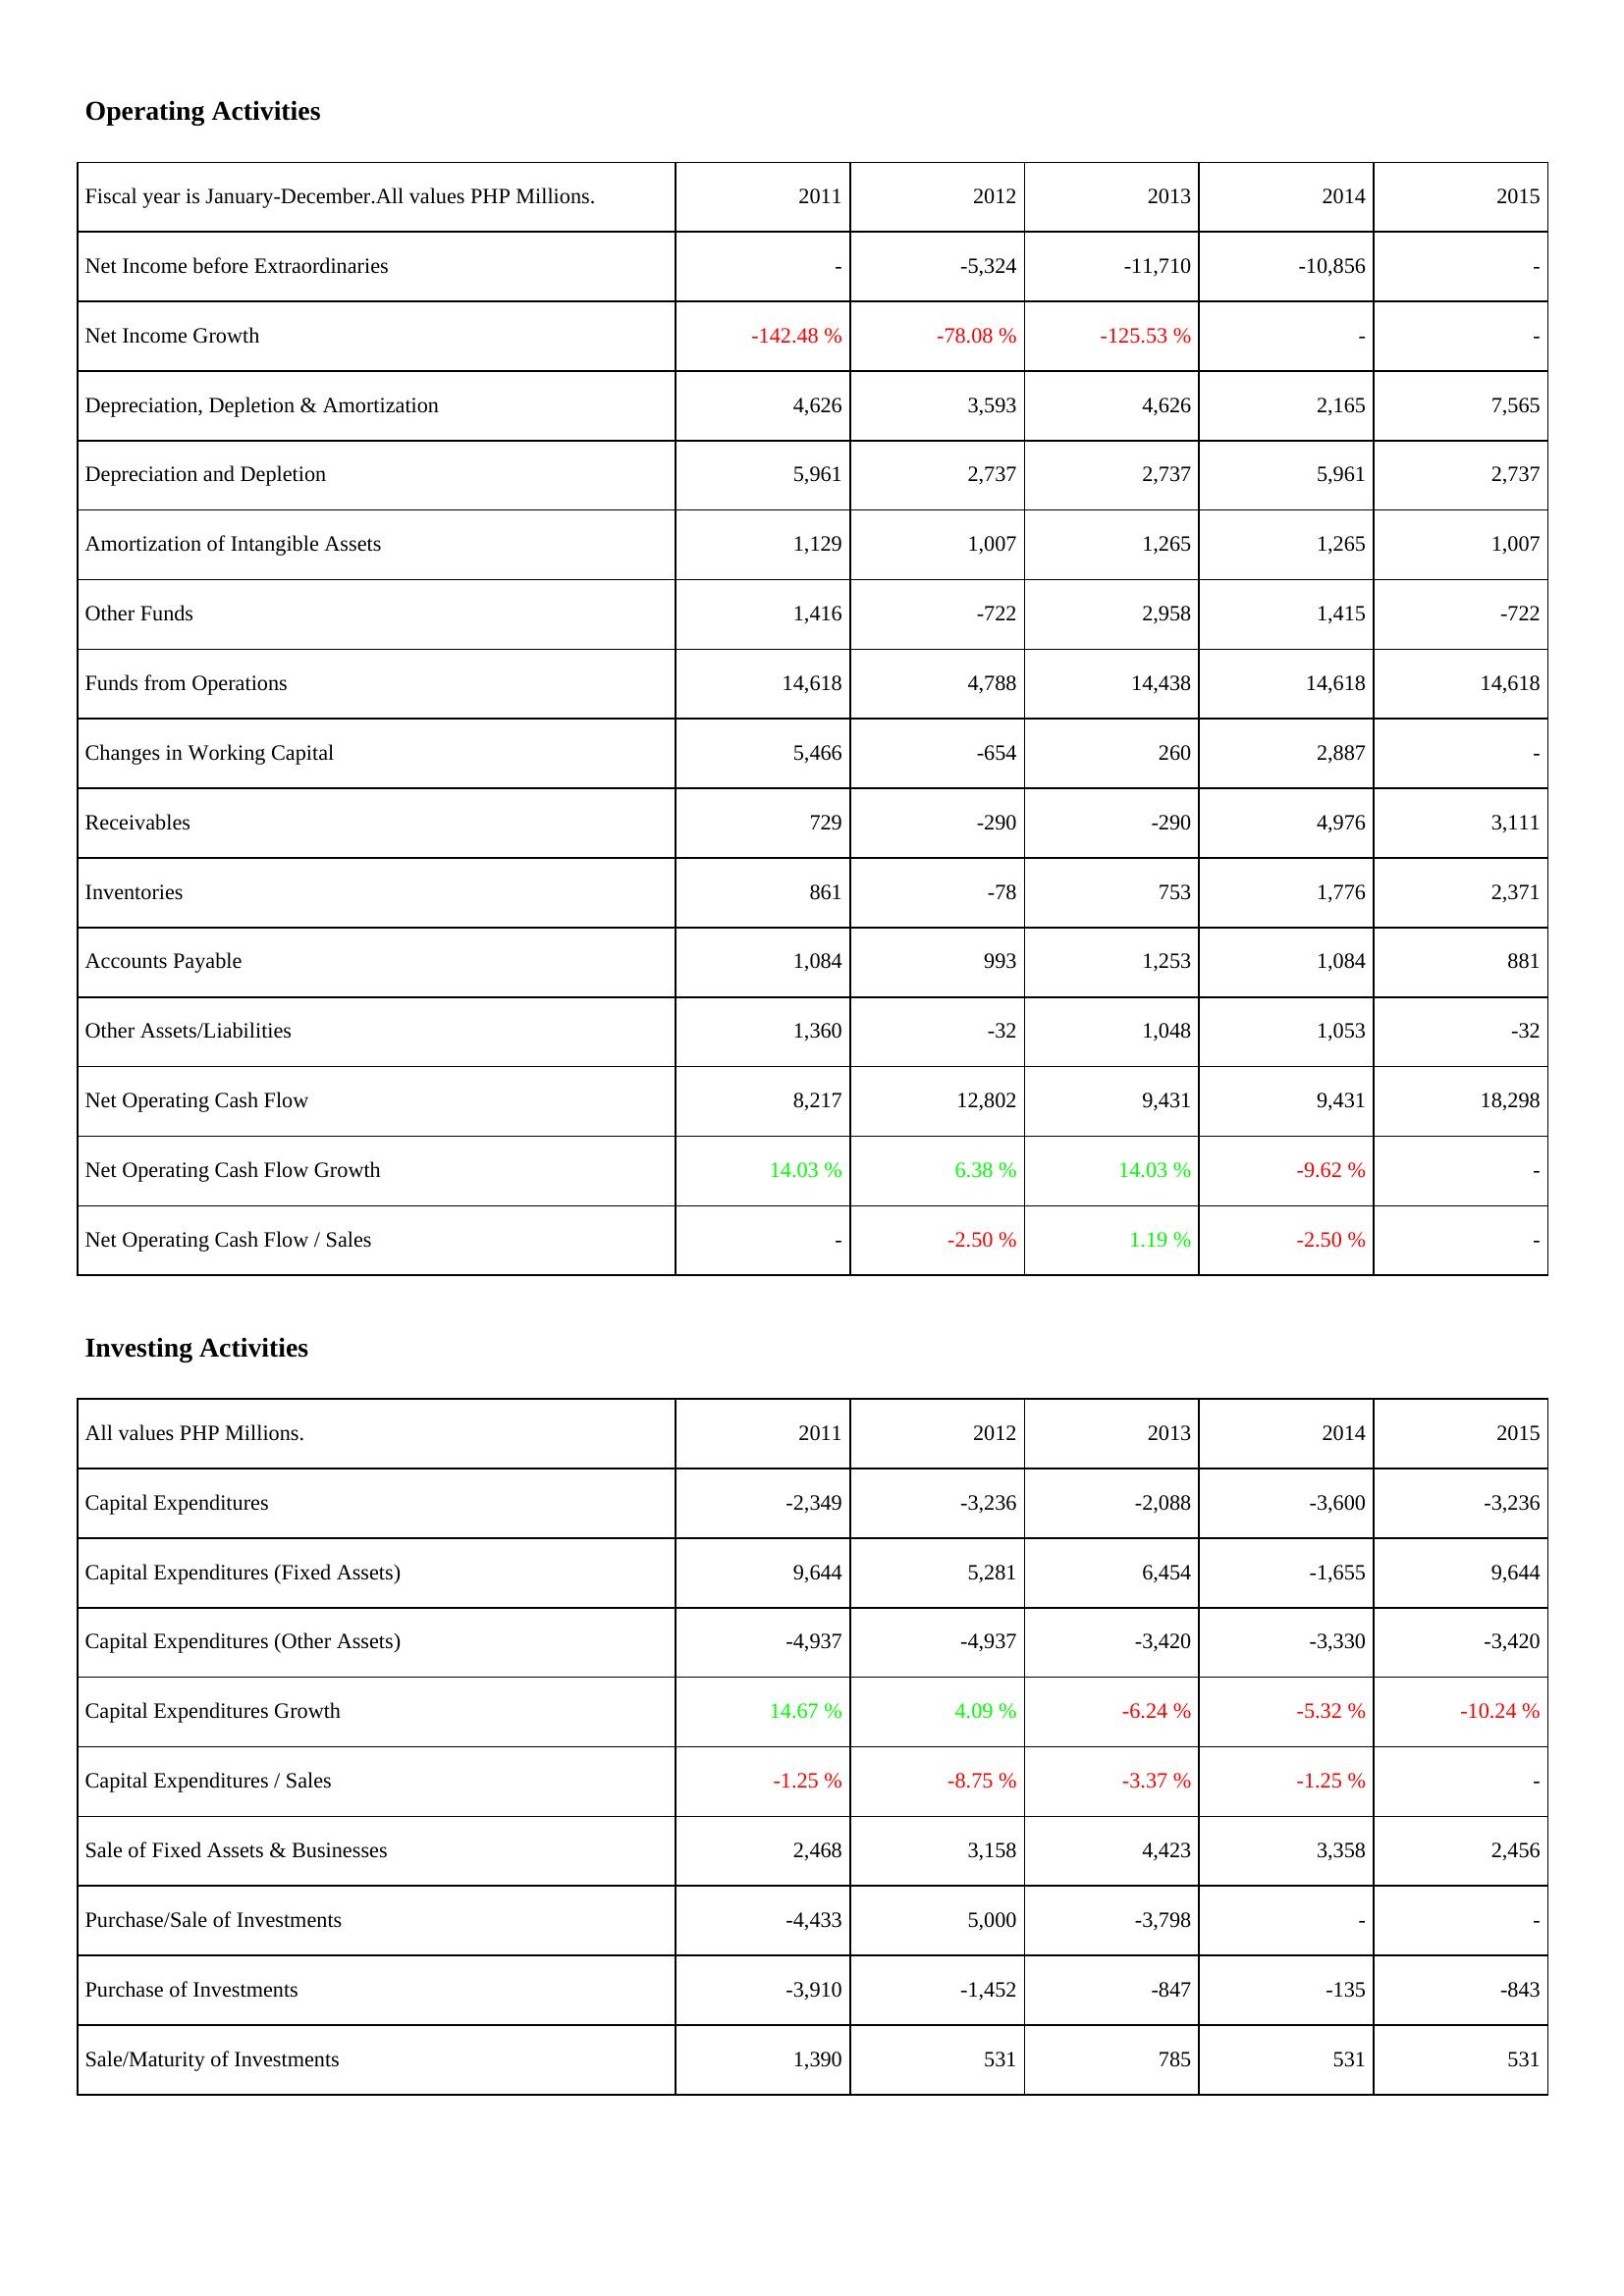
2011: Operating Activities: Net Income before Extraordinaries: -
Net Income Growth: -142.48 %
Depreciation, Depletion & Amortization: 4,626
Depreciation and Depletion: 5,961
Amortization of Intangible Assets: 1,129
Other Funds: 1,416
Funds from Operations: 14,618
Changes in Working Capital: 5,466
Receivables: 729
Inventories: 861
Accounts Payable: 1,084
Other Assets/Liabilities: 1,360
Net Operating Cash Flow: 8,217
Net Operating Cash Flow Growth: 14.03 %
Net Operating Cash Flow / Sales: -
Investing Activities: Capital Expenditures: -2,349
Capital Expenditures (Fixed Assets): 9,644
Capital Expenditures (Other Assets): -4,937
Capital Expenditures Growth: 14.67 %
Capital Expenditures / Sales: -1.25 %
Sale of Fixed Assets & Businesses: 2,468
Purchase/Sale of Investments: -4,433
Purchase of Investments: -3,910
Sale/Maturity of Investments: 1,390
2012: Operating Activities: Net Income before Extraordinaries: -5,324
Net Income Growth: -78.08 %
Depreciation, Depletion & Amortization: 3,593
Depreciation and Depletion: 2,737
Amortization of Intangible Assets: 1,007
Other Funds: -722
Funds from Operations: 4,788
Changes in Working Capital: -654
Receivables: -290
Inventories: -78
Accounts Payable: 993
Other Assets/Liabilities: -32
Net Operating Cash Flow: 12,802
Net Operating Cash Flow Growth: 6.38 %
Net Operating Cash Flow / Sales: -2.50 %
Investing Activities: Capital Expenditures: -3,236
Capital Expenditures (Fixed Assets): 5,281
Capital Expenditures (Other Assets): -4,937
Capital Expenditures Growth: 4.09 %
Capital Expenditures / Sales: -8.75 %
Sale of Fixed Assets & Businesses: 3,158
Purchase/Sale of Investments: 5,000
Purchase of Investments: -1,452
Sale/Maturity of Investments: 531
2013: Operating Activities: Net Income before Extraordinaries: -11,710
Net Income Growth: -125.53 %
Depreciation, Depletion & Amortization: 4,626
Depreciation and Depletion: 2,737
Amortization of Intangible Assets: 1,265
Other Funds: 2,958
Funds from Operations: 14,438
Changes in Working Capital: 260
Receivables: -290
Inventories: 753
Accounts Payable: 1,253
Other Assets/Liabilities: 1,048
Net Operating Cash Flow: 9,431
Net Operating Cash Flow Growth: 14.03 %
Net Operating Cash Flow / Sales: 1.19 %
Investing Activities: Capital Expenditures: -2,088
Capital Expenditures (Fixed Assets): 6,454
Capital Expenditures (Other Assets): -3,420
Capital Expenditures Growth: -6.24 %
Capital Expenditures / Sales: -3.37 %
Sale of Fixed Assets & Businesses: 4,423
Purchase/Sale of Investments: -3,798
Purchase of Investments: -847
Sale/Maturity of Investments: 785
2014: Operating Activities: Net Income before Extraordinaries: -10,856
Net Income Growth: -
Depreciation, Depletion & Amortization: 2,165
Depreciation and Depletion: 5,961
Amortization of Intangible Assets: 1,265
Other Funds: 1,415
Funds from Operations: 14,618
Changes in Working Capital: 2,887
Receivables: 4,976
Inventories: 1,776
Accounts Payable: 1,084
Other Assets/Liabilities: 1,053
Net Operating Cash Flow: 9,431
Net Operating Cash Flow Growth: -9.62 %
Net Operating Cash Flow / Sales: -2.50 %
Investing Activities: Capital Expenditures: -3,600
Capital Expenditures (Fixed Assets): -1,655
Capital Expenditures (Other Assets): -3,330
Capital Expenditures Growth: -5.32 %
Capital Expenditures / Sales: -1.25 %
Sale of Fixed Assets & Businesses: 3,358
Purchase/Sale of Investments: -
Purchase of Investments: -135
Sale/Maturity of Investments: 531
2015: Operating Activities: Net Income before Extraordinaries: -
Net Income Growth: -
Depreciation, Depletion & Amortization: 7,565
Depreciation and Depletion: 2,737
Amortization of Intangible Assets: 1,007
Other Funds: -722
Funds from Operations: 14,618
Changes in Working Capital: -
Receivables: 3,111
Inventories: 2,371
Accounts Payable: 881
Other Assets/Liabilities: -32
Net Operating Cash Flow: 18,298
Net Operating Cash Flow Growth: -
Net Operating Cash Flow / Sales: -
Investing Activities: Capital Expenditures: -3,236
Capital Expenditures (Fixed Assets): 9,644
Capital Expenditures (Other Assets): -3,420
Capital Expenditures Growth: -10.24 %
Capital Expenditures / Sales: -
Sale of Fixed Assets & Businesses: 2,456
Purchase/Sale of Investments: -
Purchase of Investments: -843
Sale/Maturity of Investments: 531